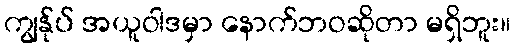
ကျွန်ုပ် အယူဝါဒမှာ နောက်ဘဝဆိုတာ မရှိဘူး။